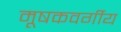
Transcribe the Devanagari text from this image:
मूषकवर्गीय